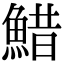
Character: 䱜